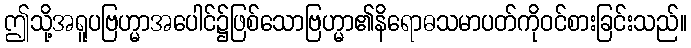
ဤသို့အရူပဗြဟ္မာအပေါင်၌ဖြစ်သောဗြဟ္မာ၏နိရောဓသမာပတ်ကိုဝင်စားခြင်းသည်။